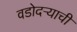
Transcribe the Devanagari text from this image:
वडोदऱ्याची